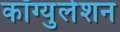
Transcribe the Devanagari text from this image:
कॉग्युलेशन